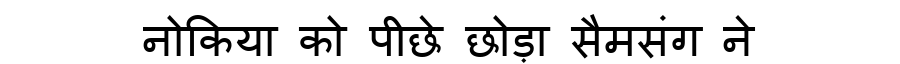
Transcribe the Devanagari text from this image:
नोकिया को पीछे छोड़ा सैमसंग ने